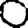
Digit: 0